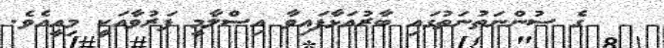
ގެ ސުންނަތުނަތުގައި ބާރުއަޅާފައިވާ އިސްލާމީ ފަރުވާއަކީ މިއީއެވެ.